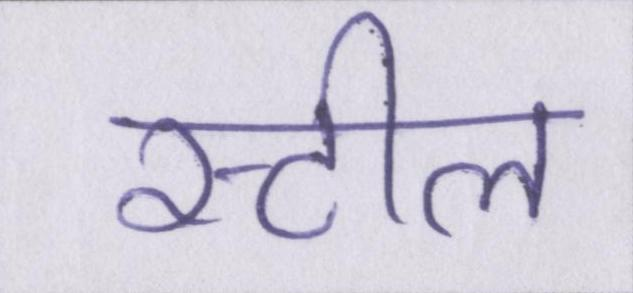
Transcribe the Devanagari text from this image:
स्टील